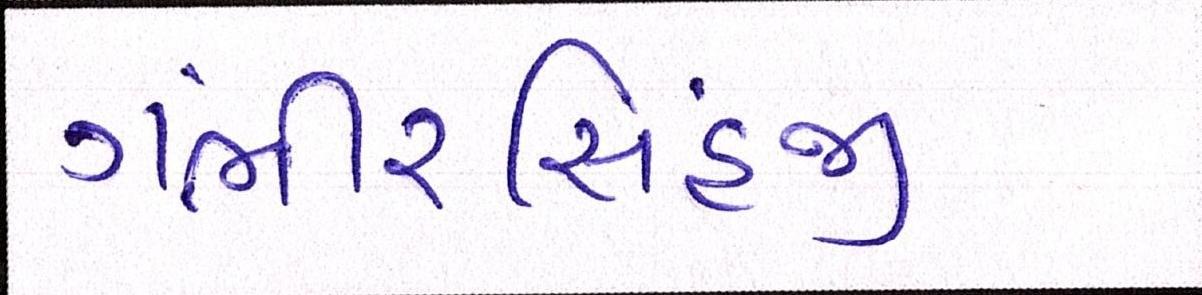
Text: ગંભીરસિંહજી